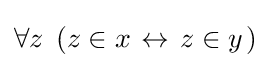
\forall z\,\left.(z\in x\right.\leftrightarrow \left.z\in y\right.)